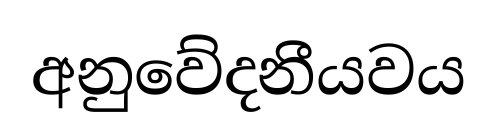
අනුවේදනීයවය